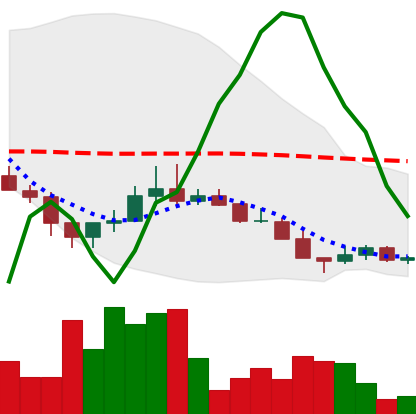
Ticker: LINK-USD
Chart end date: 2018-12-11
Forward return: -7.39%
Label: down_7plus